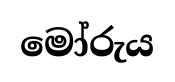
මෝරුය